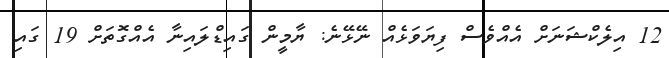
12 އިލެކްޝަނަށް އެއްވެސް ފިޔަވަޅެއް ނޭޅޭނެ: ޔާމީން ގައިޑްލައިނާ އެއްގޮތަށް 19 ގައި